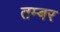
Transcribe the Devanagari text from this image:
तम्बर